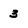
Character: 3